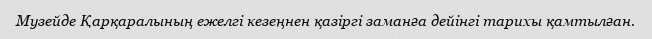
Музейде Қарқаралының ежелгі кезеңнен қазіргі заманға дейінгі тарихы қамтылған.